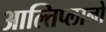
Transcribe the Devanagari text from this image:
आल्तिप्लानो